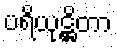
ပရိယုဋ္ဌိတာ